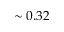
\sim 0 . 3 2